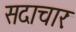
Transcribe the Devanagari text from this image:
सदाचारः